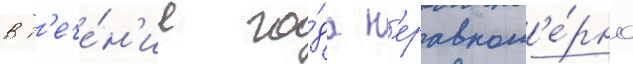
в т'ече́н'ие го́да н'еравном'е́рно